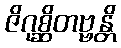
ဇိဂုစ္ဆိတဗ္ဗန္တိ